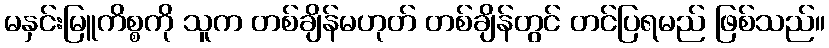
မနှင်းမြူကိစ္စကို သူက တစ်ချိန်မဟုတ် တစ်ချိန်တွင် တင်ပြရမည် ဖြစ်သည်။